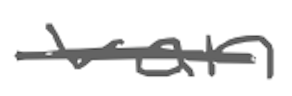
Text: van
Cross-out: single-line
Writing tool: digital_gray